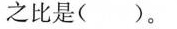
之比是()。